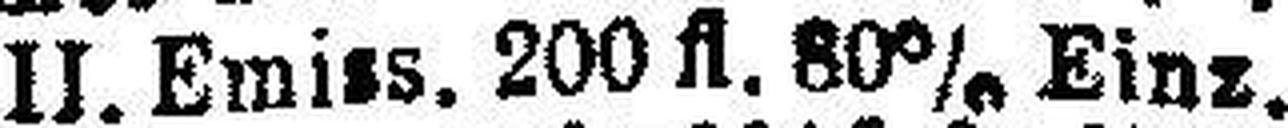
„ „ II. Emiss. 200 fl. 80% Einz.